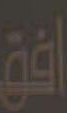
افق